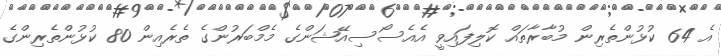
އެ 64 ކުޅުންތެރިން މުބާރާތައް ކޮލިފައިވީ އެއެސޯސިއޭޝަންގެ މެމްބަރުންގެ ތެރެއިން 80 ކުޅުންތެރިންގެ